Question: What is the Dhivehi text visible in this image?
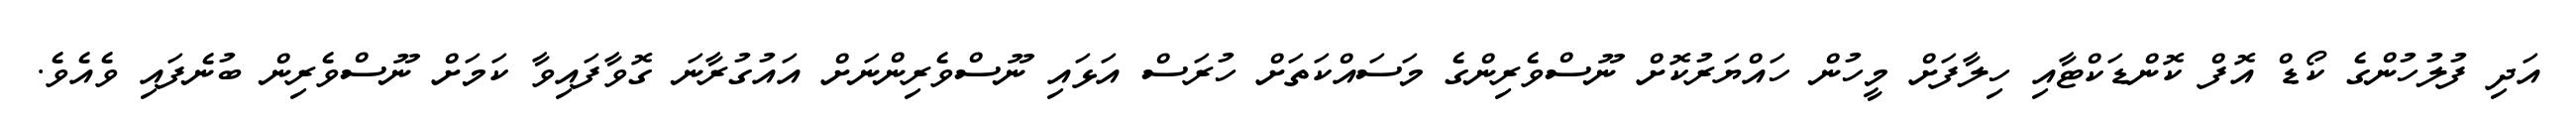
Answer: އަދި ފުލުހުންގެ ކޯޑް އޮފް ކޮންޑަކްޓާއި ހިލާފަށް މީހުން ހައްޔަރުކޮށް ނޫސްވެރިންގެ މަސައްކަތަށް ހުރަސް އަޅައި ނޫސްވެރިންނަށް އައުގުރާނަ ގޮވާފައިވާ ކަމަށް ނޫސްވެރިން ބުނެފައި ވެއެވެ.